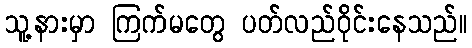
သူ့နားမှာ ကြက်မတွေ ပတ်လည်ဝိုင်းနေသည်။